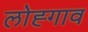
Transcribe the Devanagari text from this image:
लोह्गाव